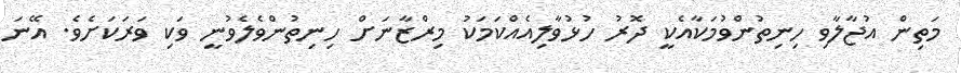
މަތިން އުޖާލާވި ހިނިތުންވުމަކާއެކީ ދޮރު ހުޅުވާލިއެއްކަމަކު މިރްޒާނަށް ހިނިތުންވެލެވުނީ ވަކި ވަރަކަށެވެ. އޭނަ